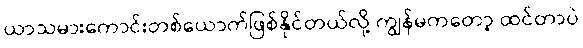
ယာသမားကောင်းတစ်ယောက်ဖြစ်နိုင်တယ်လို့ ကျွန်မကတော့ ထင်တာပဲ